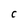
Character: C